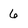
Character: 6